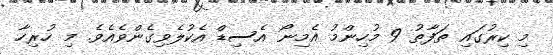
މި ކިރުގައި ތަފާތު 9 މުހިންމު އެމިނޯ އެސިޑް އެކުލެވިގެންވެއެވެ. މި ހުރިހާ